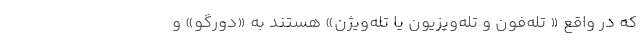
که در واقع « تله‌فون و تله‌ویزیون یا تله‌ویژن» هستند به «دور‌گو» و